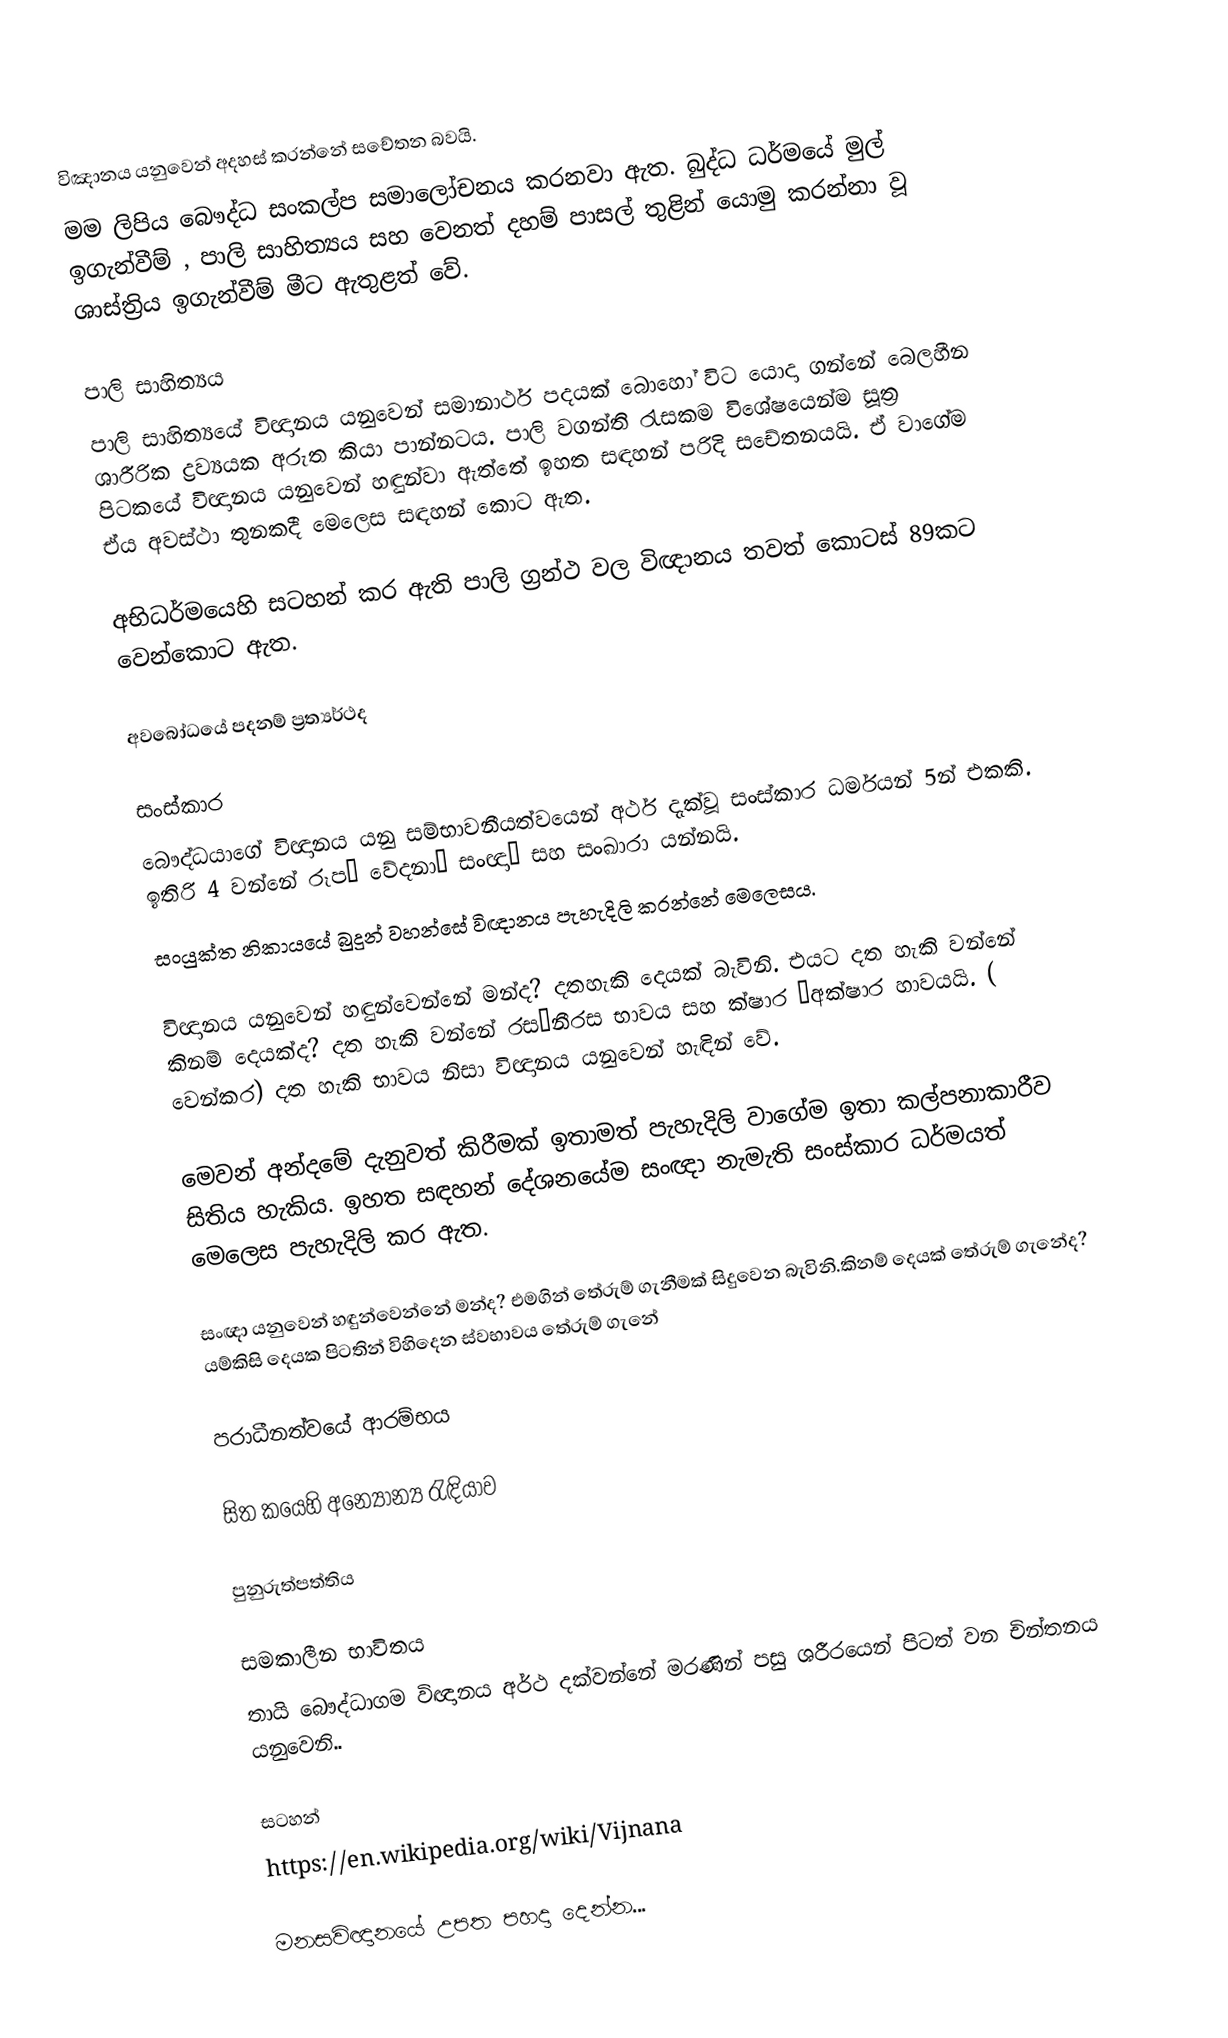
විඤානය යනුවෙන් අදහස් කරන්නේ සචේතන බවයි.
මම ලිපිය බෞද්ධ සංකල්ප සමාලෝචනය කරනවා ඇත. බුද්ධ ධර්මයේ මුල් ඉගැන්වීම් ‚ පාලි සාහිත්‍යය සහ වෙනත් දහම් පාසල් තුළින් යොමු කරන්නා වූ ශාස්ත්‍රිය ඉගැන්වීම් මීට ඇතුළත් වේ.

පාලි සාහිත්‍යය
පාලි සාහිත්‍යයේ විඥානය යනුවෙන් සමානාර්ථ පදයක් බොහෝ විට යොදා ගන්නේ බෙලහීන ශාරීරික ද්‍රව්‍යයක අරුත කියා පාන්නටය. පාලි වගන්ති රැසකම විශේෂයෙන්ම සූත්‍ර පිටකයේ විඥානය යනුවෙන් හඳුන්වා ඇත්තේ ඉහත සඳහන් පරිදි සචේතනයයි. ඒ වාගේම ඒය අවස්ථා තුනකදී මෙලෙස සඳහන් කොට ඇත.

අභිධර්මයෙහි සටහන් කර ඇති පාලි ග්‍රන්ථ වල විඥානය තවත් කොටස් 89කට වෙන්කොට ඇත.

අවබෝධයේ පදනම් ප්‍රත්‍යර්ථද

සංස්කාර
බෞද්ධයාගේ විඥානය යනු සම්භාවනීයත්වයෙන් අර්ථ දැක්වූ සංස්කාර ධර්මයන් 5න් එකකි. ඉතිරි 4 වන්නේ රූප‚ වේදනා‚ සංඥා‚ සහ සංඛාරා යන්නයි.
සංයුක්ත නිකායයේ බුදුන් වහන්සේ විඥානය පැහැදිලි කරන්නේ මෙලෙසය.

විඥානය යනුවෙන් හඳුන්වෙන්නේ මන්ද? දතහැකි දෙයක් බැවිනි.    එයට දත හැකි වන්නේ කිනම් දෙයක්ද? දත හැකි වන්නේ රස⁄නීරස භාවය සහ ක්ෂාර ⁄අක්ෂාර හාවයයි. ( වෙන්කර) දත හැකි භාවය නිසා විඥානය යනුවෙන් හැඳින් වේ.

මෙවන් අන්දමේ දැනුවත් කිරීමක්  ඉතාමත් පැහැදිලි වාගේම ඉතා කල්පනාකාරීව සිතිය හැකිය. ඉහත සඳහන් දේශනයේම සංඥා නැමැති සංස්කාර ධර්මයත් මෙලෙස පැහැදිලි කර ඇත.

සංඥා යනුවෙන් හඳුන්වෙන්නේ මන්ද? එමගින් තේරුම් ගැනීමක් සිදුවෙන බැවිනි.කිනම් දෙයක් තේරුම් ගැනේද? යම්කිසි දෙයක පිටතින් විහිදෙන ස්වභාවය තේරුම් ගැනේ

පරාධීනත්වයේ ආරම්භය

සිත කයෙහි අ‍න්‍යෝන්‍ය රැඳියාව

පුනුරුත්පත්තිය

සමකාලීන භාවිතය
තායි බෞද්ධාගම විඥානය අර්ථ දක්වන්නේ මරණින් පසු ශරීරයෙන් පිටත් වන චින්තනය යනුවෙනි..

සටහන්
https://en.wikipedia.org/wiki/Vijnana

මනසවිඥානයේ උපත පහදා දෙන්න...